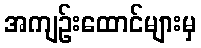
အကျဉ်းထောင်များမှ